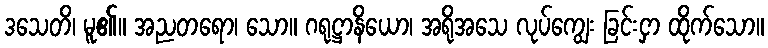
ဒသေတိ၊ မူ၏။ အညတရော၊ သော။ ဂရုဋ္ဌာနိယော၊ အရိုအသေ လုပ်ကျွေး ခြင်းငှာ ထိုက်သော။